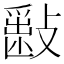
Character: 𣀎